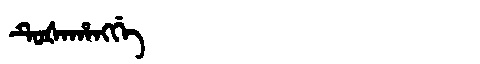
Manchu: ᡨᡠᡧᠠᡥᠠᠩᡤᡝ
Romanization: TUŠAHANGGE